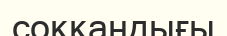
соққандығы